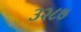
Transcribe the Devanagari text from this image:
३२८७